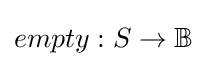
empty:S\to \mathbb {B}